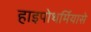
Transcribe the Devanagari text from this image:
हाइपोथर्मियासे